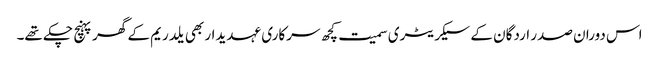
اس دوران صدر اردگان کے سیکریٹری سمیت کچھ سرکاری عہدیدار بھی یلدریم کے گھر پہنچ چکے تھے۔